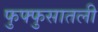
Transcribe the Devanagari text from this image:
फुफ्फुसातली